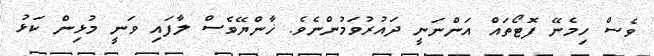
ވެސް ހިމެނޭ ފޮޓޯތައް އަންނަނީ ދައުރުވަމުންނެވެ. ޚާންޔޭވެސް ލާފައި ވަނީ މުޅިން ކަޅު